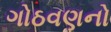
ગોઠવણનો